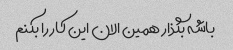
باشه بگذار همین الان این کار را بکنم